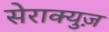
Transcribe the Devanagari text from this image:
सेराक्युज़